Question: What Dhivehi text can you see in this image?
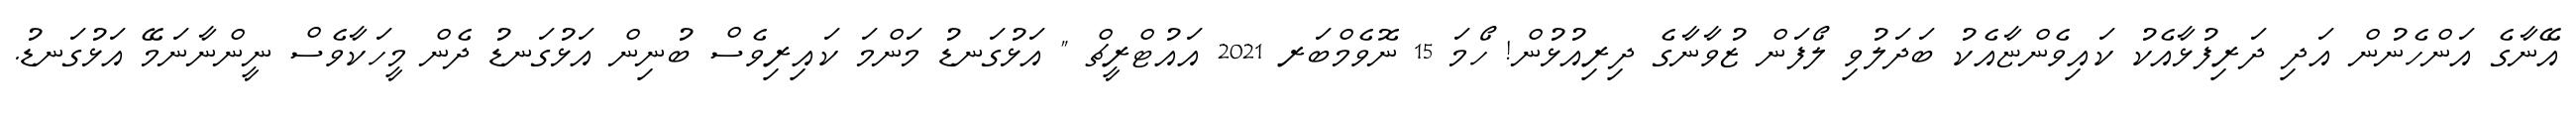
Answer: އޭނާގެ އަންހެނުން އަދި ދަރިފުޅާއެކު ކައިވެންޏާއެކު ބަދަލުވި ލޯފަން ޒުވާނާގެ ދިރިއުޅުން! ހޯމަ 15 ނޮވެމްބަރ 2021 އައުޓްރީޗް " އަޅުގަނޑު މަންމަ ކައިރިވެސް ބުނިން އަޅުގަނޑު ދެން މީހަކާވެސް ނީންނާނަމޭ އަޅުގަނޑު.